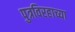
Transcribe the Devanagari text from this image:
पुत्रविरहाच्या